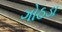
ગોઠડા